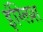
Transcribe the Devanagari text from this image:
इंग्‍लिश